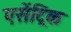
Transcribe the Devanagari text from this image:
एसेंट्रिक